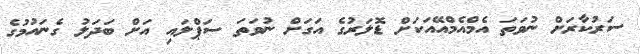
ސަރުކާރަށް ނުވަތަ އެމްއެމްއޭއަކަށް ޑޮލަރުގެ އަގަށް ނުވަތަ ސަޕްލައި އަށް ބަދަލު ގެނައުމުގެ